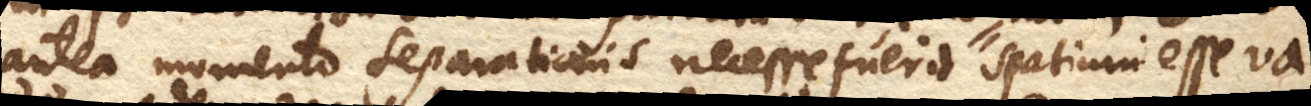
antea momento separationis necesse fuerit spatium esse va–